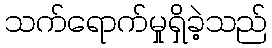
သက်ရောက်မှုရှိခဲ့သည်